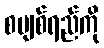
စပျစ်ရည်ကို